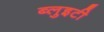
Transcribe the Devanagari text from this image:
ब्लुइटी